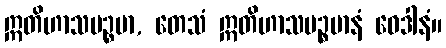
ဣတိဟာသပဉ္စမာ, တေသံ ဣတိဟာသပဉ္စမာနံ ဝေဒါနံ။